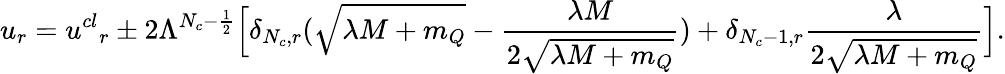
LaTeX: u_{r}={u^{cl}}_{r}\pm 2\Lambda^{N_{c}-\frac{1}{2}}\Big[\delta_{N_{c},r}(\sqrt{\lambda M+m_{Q}}-\frac{\lambda M}{2\sqrt{\lambda M+m_{Q}}})+\delta_{N_{c}-1,r}\frac{\lambda}{2\sqrt{\lambda M+m_{Q}}}\Big].